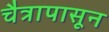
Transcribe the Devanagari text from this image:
चैत्रापासून